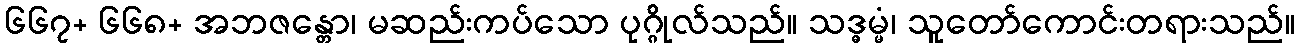
၆၆၇+ ၆၆၈+ အဘဇန္တော၊ မဆည်းကပ်သော ပုဂ္ဂိုလ်သည်။ သဒ္ဓမ္မံ၊ သူတော်ကောင်းတရားသည်။